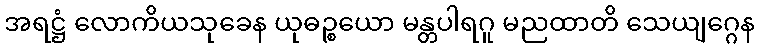
အရဋ္ဌံ လောကိယသုခေန ယုဓဉ္စယော မန္တပါရဂူ မညထာတိ သေယျဂ္ဂေန